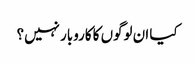
کیا ان لوگوں کا کاروبار نہیں؟